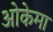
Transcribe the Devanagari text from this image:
ओकेमा